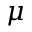
\mu